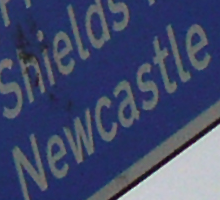
Newcastle